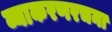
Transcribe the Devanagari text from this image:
व्याकरणरचना